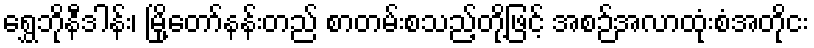
ရွှေဘိုနီဒါန်း၊ မြို့တော်နန်းတည် စာတမ်းစသည့်တို့ဖြင့် အစဉ်အလာထုံးစံအတိုငး